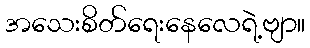
အသေးစိတ်ရေးနေလေရဲ့ဗျာ။